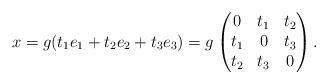
LaTeX: \begin{align*}x = g (t_1 e_1 + t_2 e_2 + t_3 e_3) =g\begin{pmatrix}0 & t_1 & t_2 \\t_1 & 0 & t_3 \\t_2 & t_3 & 0\end{pmatrix}.\end{align*}